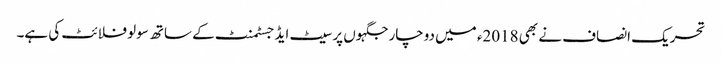
تحریک انصاف نے بھی 2018ء میں دوچار جگہوں پر سیٹ ایڈجسٹمنٹ کے ساتھ سولو فلائٹ کی ہے۔